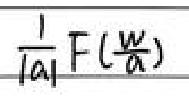
\frac{1}{|a|} F(\frac{w}{a})